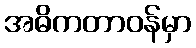
အဓိကတာဝန်မှာ